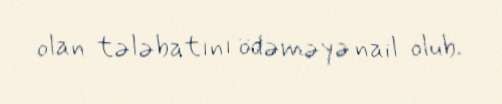
olan tələbatını ödəməyə nail olub.